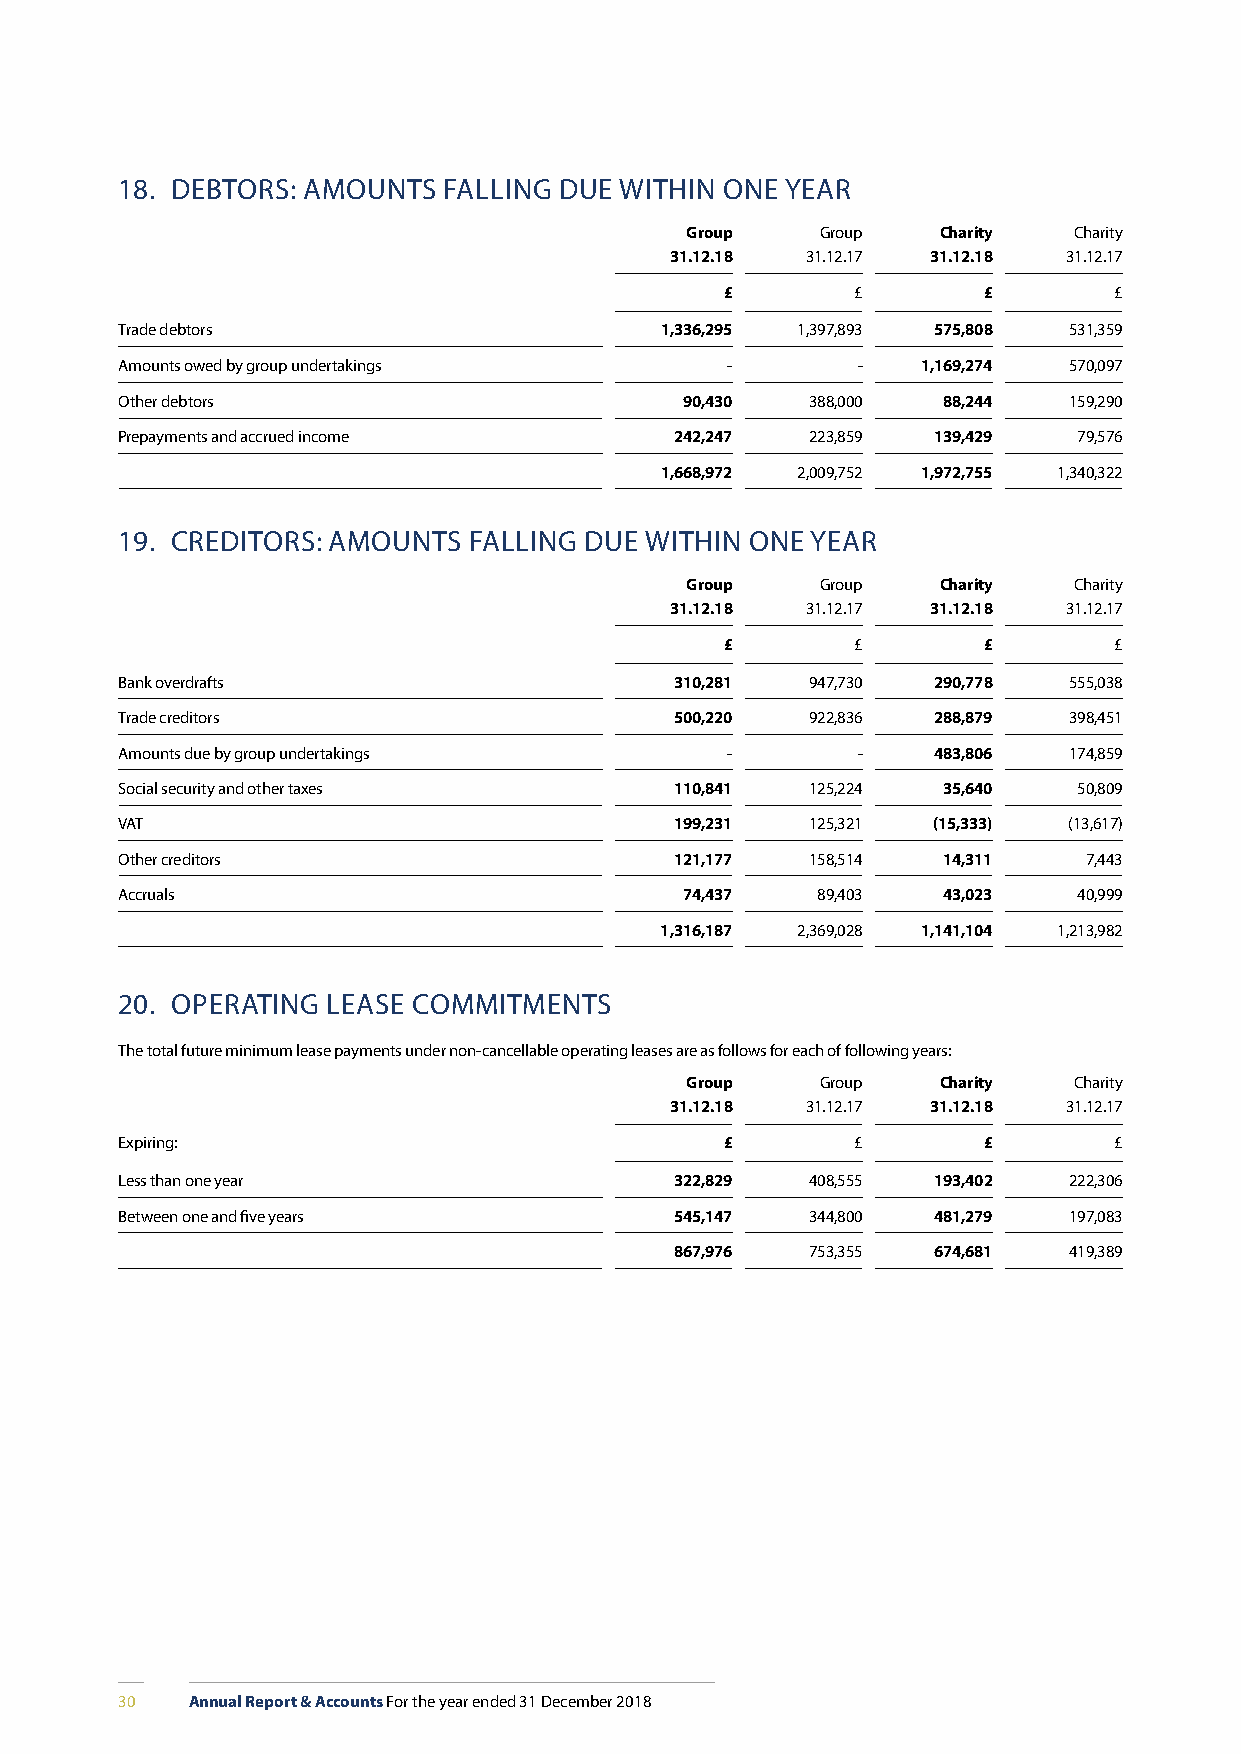
18. DEBTORS: AMOUNTS FALLING DUE WITHIN ONE YEAR
 Group    Group   Charity  Charity
 31.12.18 31.12.17 31.12.18 31.12.17
 £        £       £        £
 Trade debtors                       1,336,295 1,397,893 575,808 531,359
 Amounts owed by group undertakings      -        -   1,169,274 570,097
 Other debtors                        90,430   388,000 88,244   159,290
 Prepayments and accrued income       242,247  223,859 139,429  79,576
 1,668,972 2,009,752 1,972,755 1,340,322
 19. CREDITORS: AMOUNTS FALLING DUE WITHIN ONE YEAR
 Group    Group   Charity  Charity
 31.12.18 31.12.17 31.12.18 31.12.17
 £        £       £        £
 Bank overdrafts                      310,281  947,730 290,778  555,038
 Trade creditors                      500,220  922,836 288,879  398,451
 Amounts due by group undertakings       -        -    483,806  174,859
 Social security and other taxes      110,841  125,224 35,640   50,809
 VAT                                  199,231  125,321 (15,333) (13,617)
 Other creditors                      121,177  158,514 14,311    7,443
 Accruals                             74,437   89,403  43,023   40,999
 1,316,187 2,369,028 1,141,104 1,213,982
 20. OPERATING LEASE COMMITMENTS
 The total future minimum lease payments under non-cancellable operating leases are as follows for each of following years:
 Group    Group   Charity  Charity
 31.12.18 31.12.17 31.12.18 31.12.17
 Expiring:                               £        £       £        £
 Less than one year                   322,829  408,555 193,402  222,306
 Between one and five years           545,147  344,800 481,279  197,083
 867,976  753,355 674,681  419,389
 30   Annual Report & Accounts For the year ended 31 December 2018